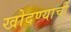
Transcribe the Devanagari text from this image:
खोदण्याची